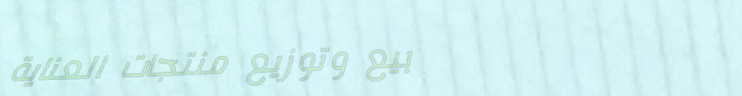
بيع وتوزيع منتجات العناية